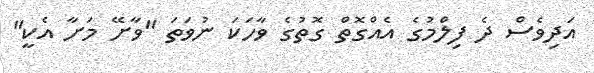
އަދިވެސް ދެ ފިލްމުގެ އެއްގޮތް ގޮތުގެ ވާހަކަ ނުވަތަ "ވާށޭ މަށާ އެކީ"